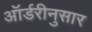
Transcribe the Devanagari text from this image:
ऑर्डरीनुसार